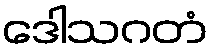
ဒေါသဂတံ